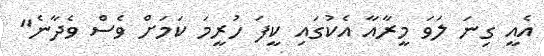
އެއީ ގިނަ ލަވަ މީރާއާ އެކުގައި ކީފަ ހުރީމަ ކަމަށް ވެސް ވެދާނެ"